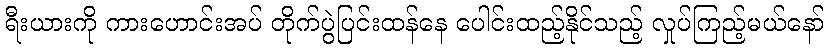
ရီးယားကို ကားဟောင်းအပ် တိုက်ပွဲပြင်းထန်နေ ပေါင်းထည့်နိုင်သည့် လှုပ်ကြည့်မယ်နော်